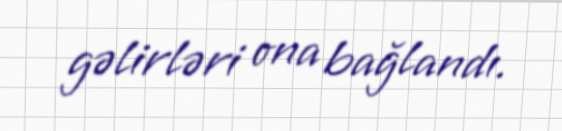
gəlirləri ona bağlandı.